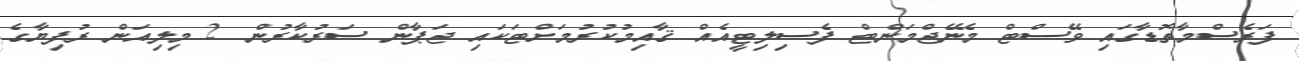
ފަރެސްމާތޮޑާގައި ވޭސްޓް މެނޭޖްމަންޓް ފެސިލިޓީއެއް ޤާއިމުކުރުމަށްޓަކައި ޖަޕާން ސަރުކާރުން 2 މިލިއަން ރުފިޔާގެ